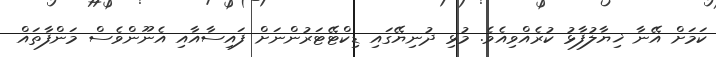
ކަމަށް އޭނާ ޚިޔާލުފާޅު ކުރެއްވިއެވެ. މުޅި ދުނިޔޭގައި ޑިކްޓޭޓަރުންނަށް ފައިސާއާއި އެނޫންވެސް މަންފާތައް